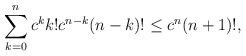
LaTeX: \begin{align*}\sum_{k=0}^n c^k k! c^{n-k} (n-k)! \le c^{n} (n+1)!,\end{align*}